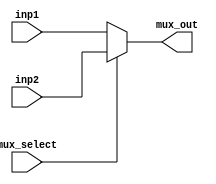
module mux_5bit
(
	input [4:0] inp1, 
	input [4:0] inp2,
	input mux_select,
	output reg [4:0] mux_out
);

//This module is used for selecting one of the inputs to the output

always @ (*) begin
	if (mux_select == 1'b0)
		mux_out = inp1;
	else	
		mux_out = inp2;
end


endmodule